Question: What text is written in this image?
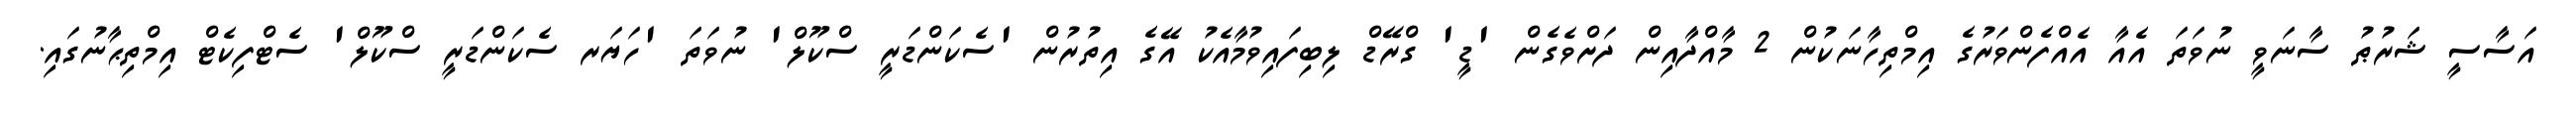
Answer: އަސާސީ ޝަރުޠު ސާނަވީ ނުވަތަ އެއާ އެއްފެންވަރުގެ އިމްތިހާނަކުން 2 މާއްދާއިން ދަށްވެގެން 'ޑީ' ގްރޭޑް ލިބިފައިވުމާއެކު އޭގެ އިތުރުން 'ސެކަންޑަރީ ސްކޫލް' ނުވަތަ 'ހަޔަރ ސެކަންޑަރީ ސްކޫލް' ސެޓްފިކެޓް އިމްތިޙާނުގައި.